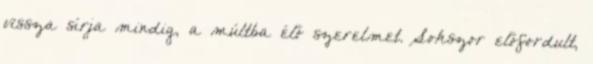
vissza sírja mindig, a múltba élő szerelmet. Sokszor előfordult,